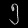
Digit: ၅